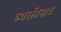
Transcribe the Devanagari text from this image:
व्यक्तीनाव